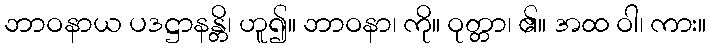
ဘာဝနာယ ပဒဋ္ဌာနန္တိ၊ ဟူ၍။ ဘာဝနာ၊ ကို။ ဝုတ္တာ၊ ၏။ အထ ဝါ၊ ကား။